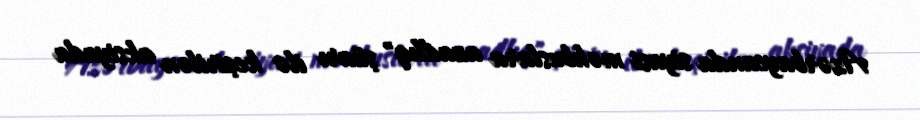
Azərbaycanda siyasi məhbuslara azadlıq" şüarı ilə keçirilən aksiyada